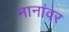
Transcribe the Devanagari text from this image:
नानांवर